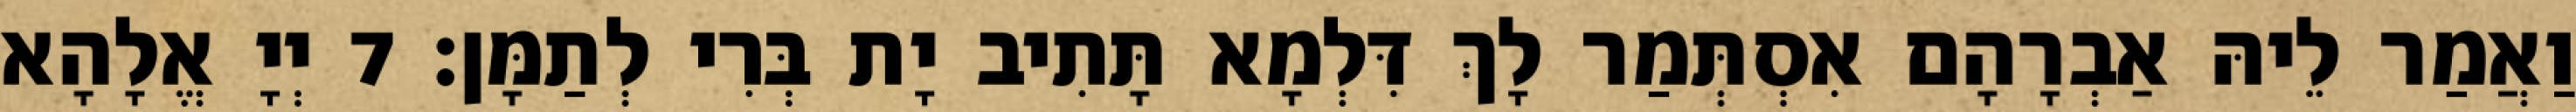
וַאֲמַר לֵיהּ אַבְרָהָם אִסְתְּמַר לָךְ דִּלְמָא תָּתִיב יָת בְּרִי לְתַמָּן׃ 7 יְיָ אֱלָהָא